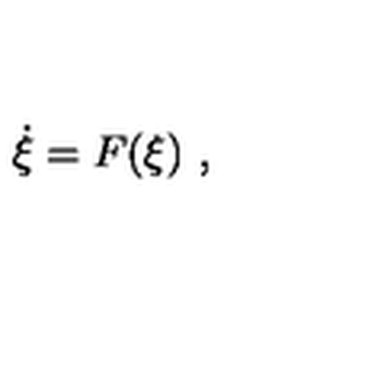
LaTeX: \dot { \xi } = F ( \xi ) \ ,